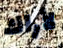
لأراك